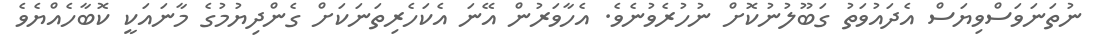
ނުތަނަވަސްވިޔަސް އެދައުވަތު ގަބޫލުނުކޮށް ނުހުރެވުނެވެ. އެހާވަރުން އޭނަ އެކަހެރިތަނަކަށް ގެންދިޔުމުގެ މާނައަކީ ކޮބާހެއްޔެވެ